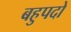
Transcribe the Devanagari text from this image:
बहुपदो